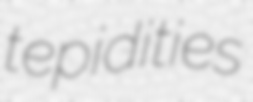
tepidities